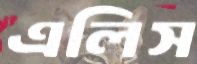
এলিস